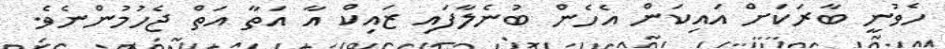
ހެވުނީ ބާރަކަށް އައިކަން އެހެން ބުނެލާފައި ޒައިކް އާ އަތާ އަތް ޖެހުމުންނެވެ.